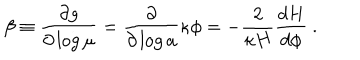
LaTeX: \beta \equiv { \frac { \partial g } { \partial \log \mu } } = { \frac { \partial } { \partial \log a } } \kappa \phi = - { \frac { 2 } { \kappa H } } { \frac { d H } { d \phi } } ~ .